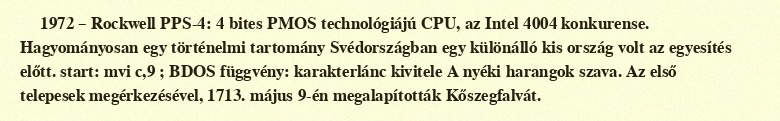
1972 – Rockwell PPS-4: 4 bites PMOS technológiájú CPU, az Intel 4004 konkurense. Hagyományosan egy történelmi tartomány Svédországban egy különálló kis ország volt az egyesítés előtt. start: mvi c,9 ; BDOS függvény: karakterlánc kivitele A nyéki harangok szava. Az első telepesek megérkezésével, 1713. május 9-én megalapították Kőszegfalvát.